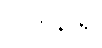
လိုက်နာ၍